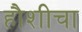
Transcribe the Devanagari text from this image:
हौशीचा